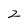
Character: 2